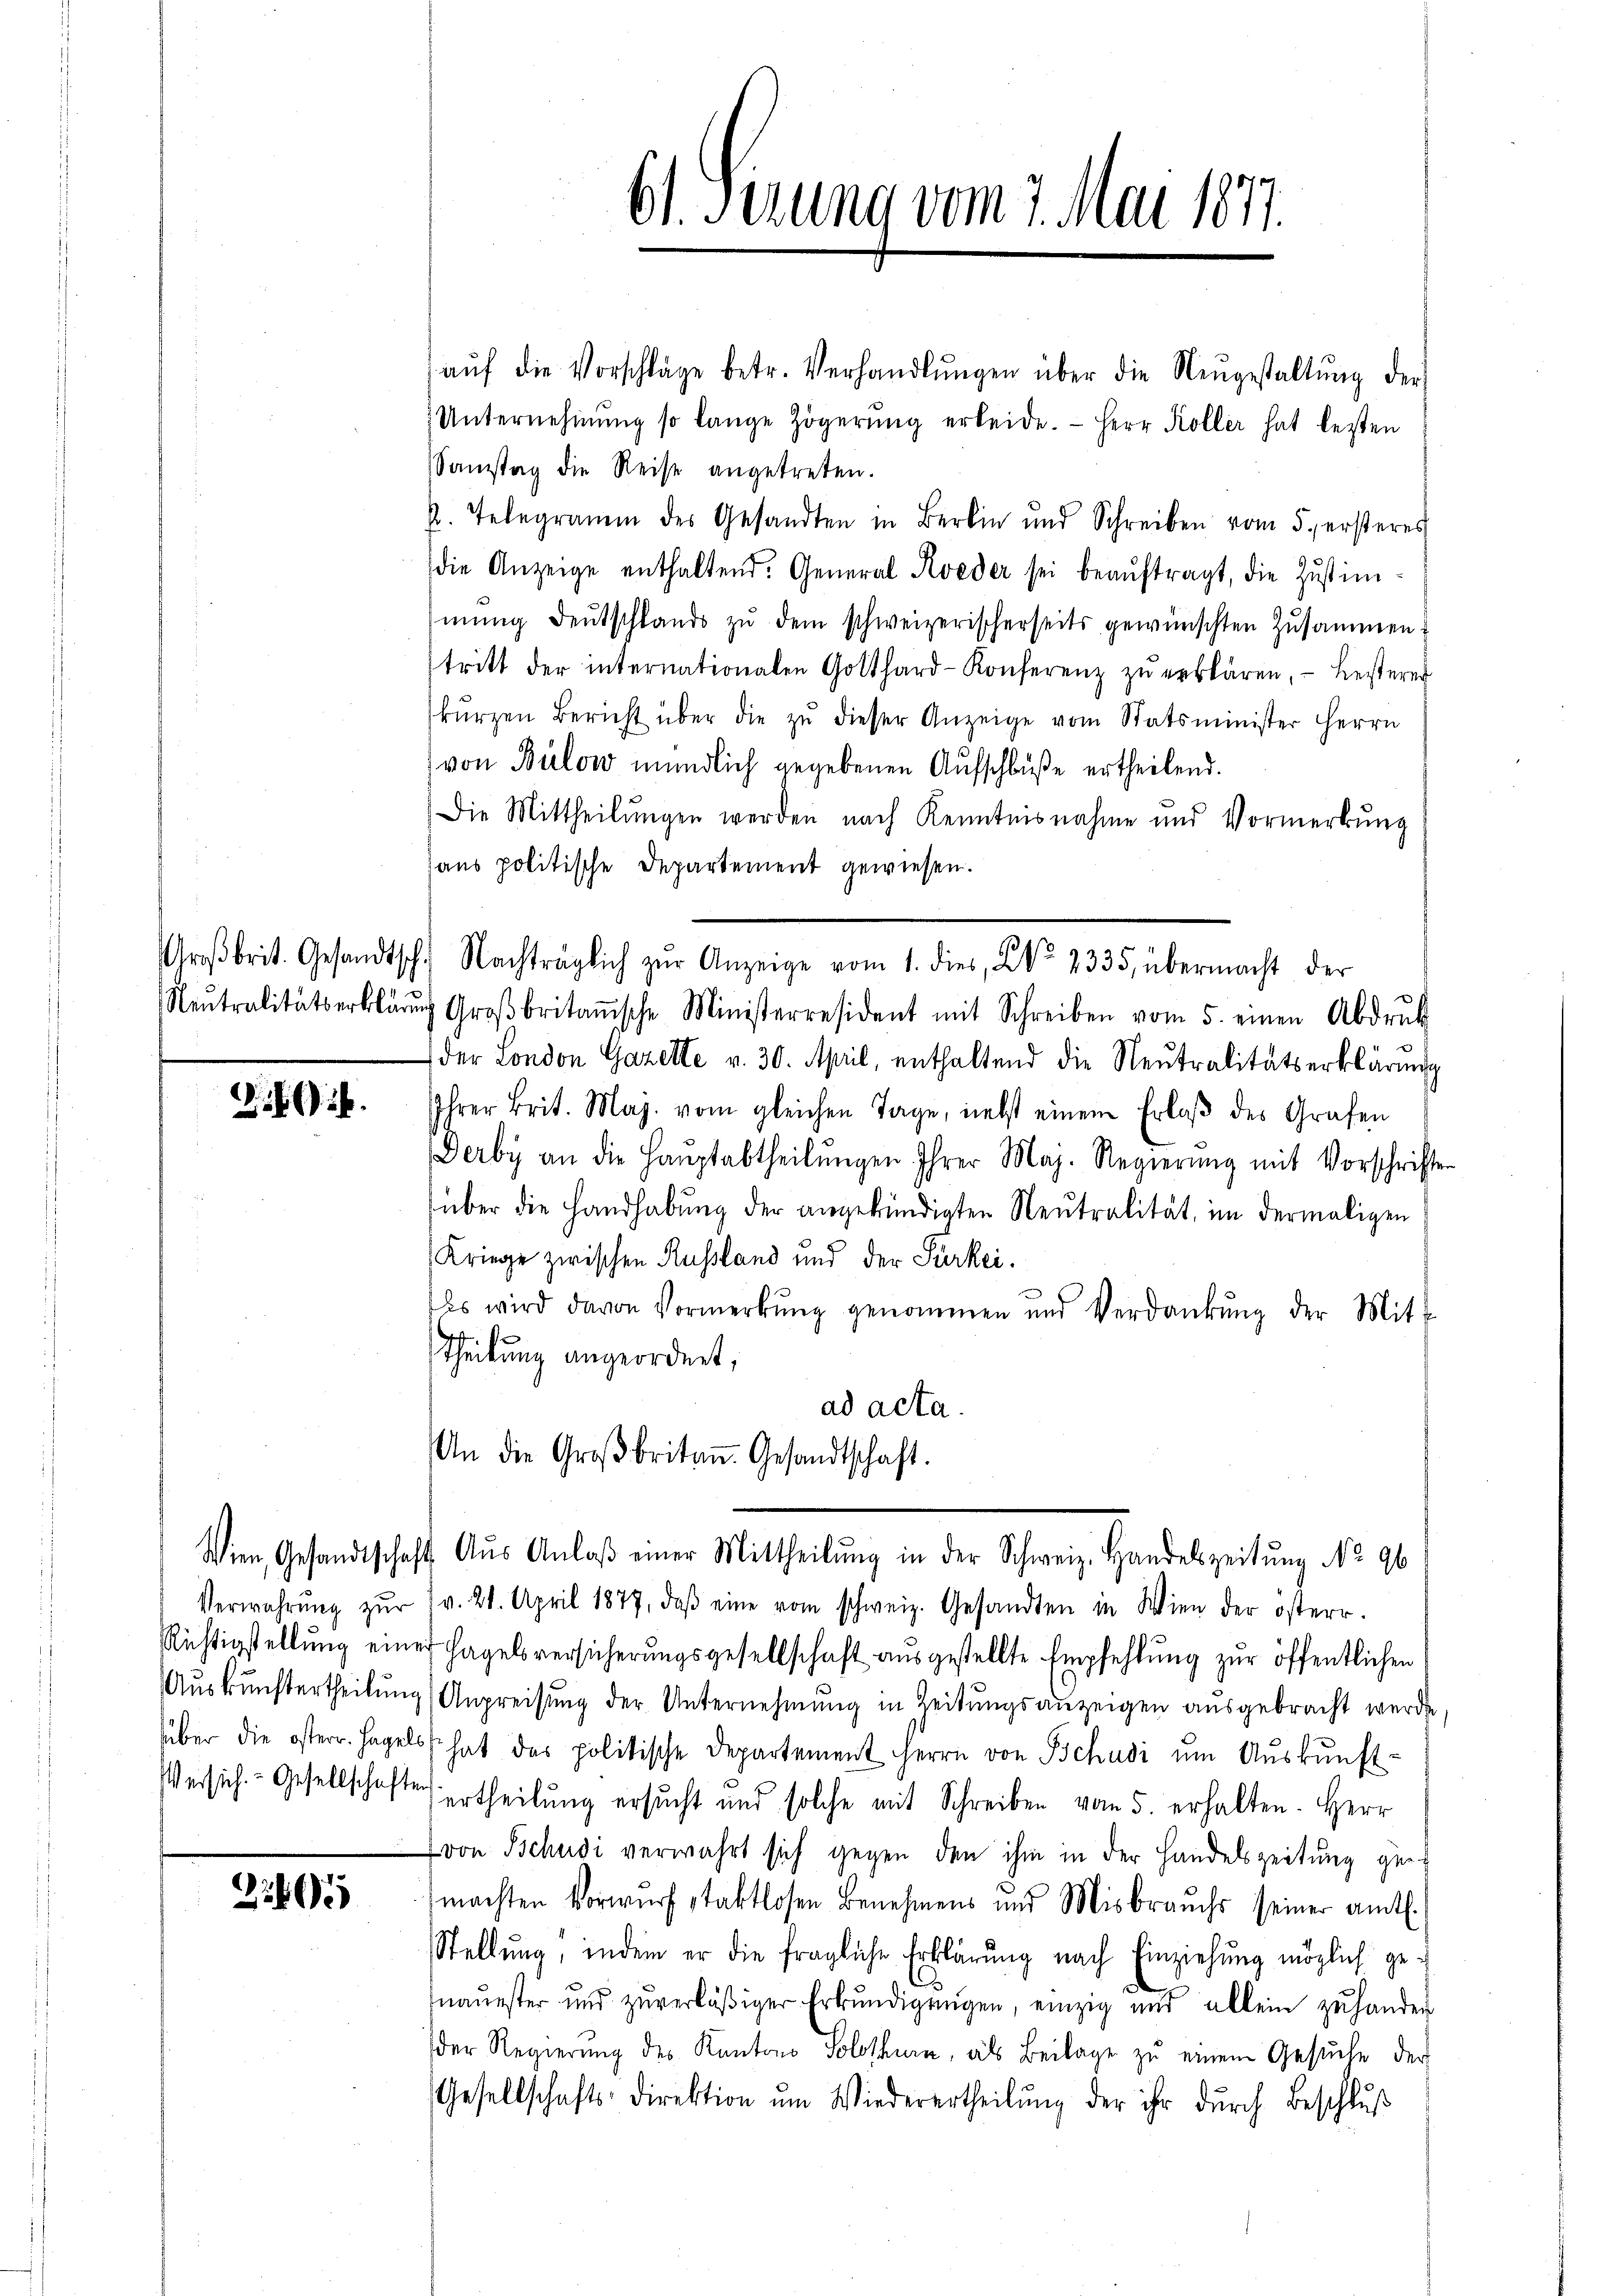
ZG.

Verwahrung zur
Richtigstellung ein
Auskunftertheilun
füber die österr. Hage
Versich. - Gesellschaft

21805

61. Ferung vom 1. Mai 1871.

aŭf die Vorschläge betr. Verhandlŭngen über die Neŭgestaltŭng der
Unternehmung so lange Zögerŭng erleide. Herr Koller hat lezten
Samstag die Reise angetreten.
2. Telegramm des Gesandten in Bei und Schreiben vom 5. ersteres
die Anzeige enthaltend. General Kveder sei beaŭftragt, die Zŭstim-
mŭng deŭtschlands zŭ dem schweizerischerseits gewünschten Zusammen-
tritt der internationalen Gotthard-Konferenz zŭ erklären, - Leisterer
kŭrzen Bericht über die zŭ dieser Anzeige vom Statsminister Herrn
von Bülow mündlich gegebenen Aufschlüße ertheilend.
Die Mittheilungen werden nach Kenntnisnahme und Vormerkung
haus politische Departement gewiesen.
Großbrit. Gesandtsch. Nachträglich zŭr Anzeige vom 1. dies, No. 2335, übermacht der
Neutralitätserklärŭng Groβbritanische Ministerresident mit Schreiben vom 5. einen Abdruk
der London Gazette v. 30. April, enthaltend die Neutralitätserklärŭng
Ihrer Brit. Maj. vom gleichen Tage, nebst einem Erlaβ des Grafen
Derby an die Hauptabtheilŭngen Ihrer Maj. Regierŭng mit Vorschrifte
über die Handhabung der angekündigten Neutralität, im dermaligen
Kriege zwischen Russland und der Parkei¬
Es wird davon Vormerkŭng genommen und Verdankŭng der Mitt
Theilung angeordnet,
ad acta.
An die Großbritan. Gesandtschaft.
Wien, Gesandtschaft Aŭs Anlaβ einer Mittheilŭng in der Schweiz. Handelszeitung No. 96
( v. 21. April 1877, daβ eine vom schweiz. Gesandten in Wien der österr.
nef Hagelsversicherungsgesellschaft ausgestellte Empfehlung zur öffentlichen
igAnpreisung der Unternehmung in Zeitungsanzeigen ausgebracht werde,
los hat das politische Departement Herrn von Tschusi um Auskunftter ertheilung ersucht und solche mit Schreiben vom 5. erhalten. Herr
von Tschudi verwahrt sich gegen den ihm in der Handelszeitung gemachten Vorwurf staktlosen Benehmens und Misbrauchs seiner amtl.
Stellung, indem er die fragliche Erklärung nach Einziehung möglich genauester und zŭverläβiger Erkŭndigŭngen, einzig und allein zŭ handen
der Regierung des Kantons Solothurn, als Beilage zu einem Gesŭche der
Gesellschafts-Direktion um Wiederertheilŭng der ihr durch Beschluß